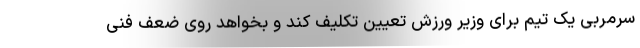
سرمربی یک تیم برای وزیر ورزش تعیین تکلیف کند و بخواهد روی ضعف فنی